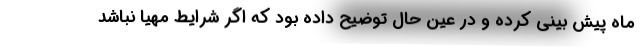
ماه پیش بینی کرده و در عین حال توضیح داده بود که اگر شرایط مهیا نباشد